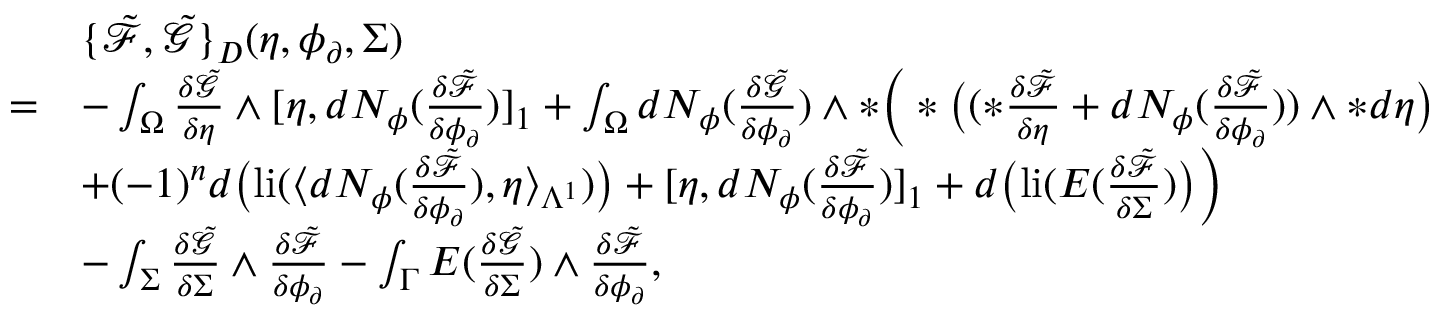
\begin{array} { r l } & { \{ \tilde { \mathcal { F } } , \tilde { \mathcal { G } } \} _ { D } ( \eta , \phi _ { \partial } , \Sigma ) } \\ { = } & { - \int _ { \Omega } \frac { \delta \tilde { \mathcal { G } } } { \delta \eta } \wedge [ \eta , d N _ { \phi } ( \frac { \delta \tilde { \mathcal { F } } } { \delta \phi _ { \partial } } ) ] _ { 1 } + \int _ { \Omega } d N _ { \phi } ( \frac { \delta \tilde { \mathcal { G } } } { \delta \phi _ { \partial } } ) \wedge \ast \Big ( \ast \big ( ( \ast \frac { \delta \tilde { \mathcal { F } } } { \delta \eta } + d N _ { \phi } ( \frac { \delta \tilde { \mathcal { F } } } { \delta \phi _ { \partial } } ) ) \wedge \ast d \eta \big ) } \\ & { + ( - 1 ) ^ { n } d \big ( \mathrm { l i } ( \langle d N _ { \phi } ( \frac { \delta \tilde { \mathcal { F } } } { \delta \phi _ { \partial } } ) , \eta \rangle _ { \Lambda ^ { 1 } } ) \big ) + [ \eta , d N _ { \phi } ( \frac { \delta \tilde { \mathcal { F } } } { \delta \phi _ { \partial } } ) ] _ { 1 } + d \big ( \mathrm { l i } ( E ( \frac { \delta \tilde { \mathcal { F } } } { \delta \Sigma } ) \big ) \Big ) } \\ & { - \int _ { \Sigma } \frac { \delta \tilde { \mathcal { G } } } { \delta \Sigma } \wedge \frac { \delta \tilde { \mathcal { F } } } { \delta \phi _ { \partial } } - \int _ { \Gamma } E ( \frac { \delta \tilde { \mathcal { G } } } { \delta \Sigma } ) \wedge \frac { \delta \tilde { \mathcal { F } } } { \delta \phi _ { \partial } } , } \end{array}